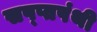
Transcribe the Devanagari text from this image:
सप्प्तपंथी